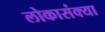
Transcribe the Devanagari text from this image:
लोकासंक्या